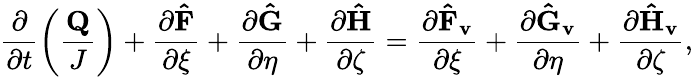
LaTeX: \frac{\partial}{\partial t}\left(\frac{\mathbf{Q}}{J}\right)+\frac{\partial\mathbf{\hat{F}}}{\partial\xi}+\frac{\partial\mathbf{\hat{G}}}{\partial\eta}+\frac{\partial\mathbf{\hat{H}}}{\partial\zeta}=\frac{\partial\mathbf{\hat{F}_{v}}}{\partial\xi}+\frac{\partial\mathbf{\hat{G}_{v}}}{\partial\eta}+\frac{\partial\mathbf{\hat{H}_{v}}}{\partial\zeta},